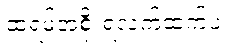
ထရမ့်အစိုးရလက်ထက်ပဲ။